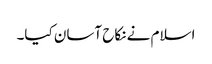
اسلام نے نکاح آسان کیا۔